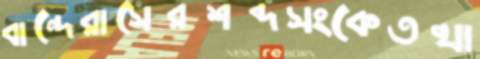
বান্দেরাসেরশব্দসংকেতখা